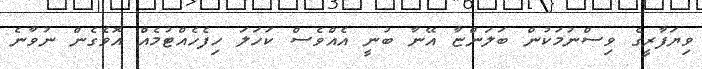
ވިޔަފާރީގެ ވިސްނުމަކުން ބަލަންޏާ އޭނާ ބުނީ އެއްވެސް ކަހަލަ ހިފެހެއްޓުމެއް އޮވެގެން ނުވާނެ